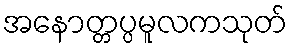
အနောတ္တပ္ပမူလကသုတ်